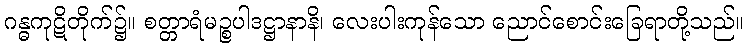
ဂန္ဓကုဋိတိုက်၌။ စတ္တာရံမဉ္စပါဒဋ္ဌာနာနိ၊ လေးပါးကုန်သော ညောင်စောင်းခြေရာတို့သည်။